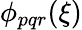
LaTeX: \phi_{pqr}(\xi)